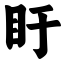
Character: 盱